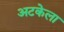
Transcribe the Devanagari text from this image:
अटकेला